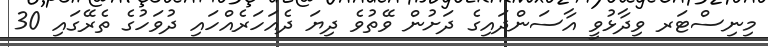
މިނިސްޓަރ ވިދާޅުވީ އާސަންދައިގެ ދަށުން ވޭތުވެ ދިޔަ ދެއަހަރެއްހައި ދުވަހުގެ ތެރޭގައި 30